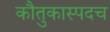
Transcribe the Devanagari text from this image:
कौतुकास्पदच